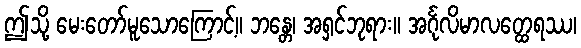
ဤသို့ မေးတော်မူသောကြောင့်။ ဘန္တေ၊ အရှင်ဘုရား။ အင်္ဂုလိမာလတ္ထေရဿ၊